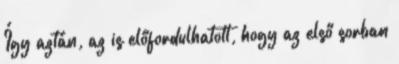
Így aztán, az is előfordulhatott, hogy az első sorban